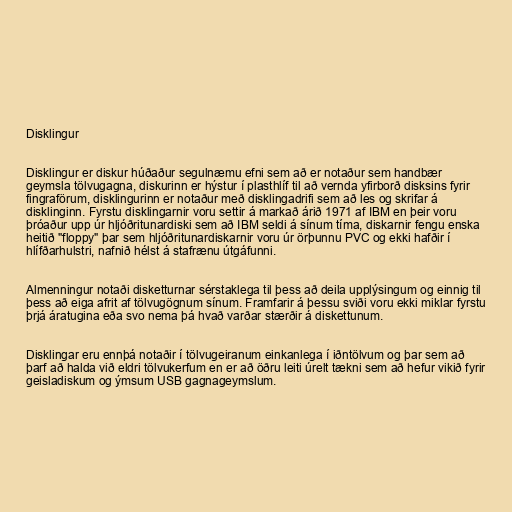
Disklingur

Disklingur er diskur húðaður segulnæmu efni sem að er notaður sem handbær
geymsla tölvugagna, diskurinn er hýstur í plasthlíf til að vernda yfirborð disksins fyrir
fingraförum, disklingurinn er notaður með disklingadrifi sem að les og skrifar á
disklinginn. Fyrstu disklingarnir voru settir á markað árið 1971 af IBM en þeir voru
þróaður upp úr hljóðritunardiski sem að IBM seldi á sínum tíma, diskarnir fengu enska
heitið "floppy" þar sem hljóðritunardiskarnir voru úr örþunnu PVC og ekki hafðir í
hlífðarhulstri, nafnið hélst á stafrænu útgáfunni.

Almenningur notaði disketturnar sérstaklega til þess að deila upplýsingum og einnig til
þess að eiga afrit af tölvugögnum sínum. Framfarir á þessu sviði voru ekki miklar fyrstu
þrjá áratugina eða svo nema þá hvað varðar stærðir á diskettunum.

Disklingar eru ennþá notaðir í tölvugeiranum einkanlega í iðntölvum og þar sem að
þarf að halda við eldri tölvukerfum en er að öðru leiti úrelt tækni sem að hefur vikið fyrir
geisladiskum og ýmsum USB gagnageymslum.